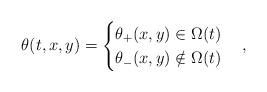
LaTeX: \begin{align*}\theta(t, x, y) = \begin{cases} \theta_+ (x, y) \in \Omega(t) \\ \theta_- (x, y) \notin \Omega(t)\end{cases},\end{align*}